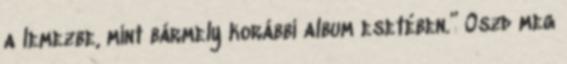
a lemezbe, mint bármely korábbi album esetében.” Oszd meg